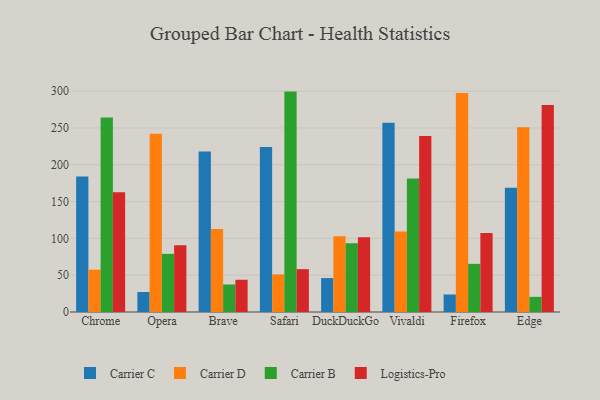
{"axis": {"x": "Browser", "y": "Temperature (°C)"}, "legend": ["Carrier B", "Carrier C", "Carrier D", "Logistics-Pro"], "data": [{"x": "Chrome", "y": 184.0, "type": "Carrier C"}, {"x": "Chrome", "y": 57.5, "type": "Carrier D"}, {"x": "Chrome", "y": 264.3, "type": "Carrier B"}, {"x": "Chrome", "y": 162.8, "type": "Logistics-Pro"}, {"x": "Opera", "y": 27.2, "type": "Carrier C"}, {"x": "Opera", "y": 242.2, "type": "Carrier D"}, {"x": "Opera", "y": 79.0, "type": "Carrier B"}, {"x": "Opera", "y": 90.8, "type": "Logistics-Pro"}, {"x": "Brave", "y": 217.9, "type": "Carrier C"}, {"x": "Brave", "y": 112.7, "type": "Carrier D"}, {"x": "Brave", "y": 37.4, "type": "Carrier B"}, {"x": "Brave", "y": 43.8, "type": "Logistics-Pro"}, {"x": "Safari", "y": 224.2, "type": "Carrier C"}, {"x": "Safari", "y": 51.1, "type": "Carrier D"}, {"x": "Safari", "y": 299.4, "type": "Carrier B"}, {"x": "Safari", "y": 58.2, "type": "Logistics-Pro"}, {"x": "DuckDuckGo", "y": 46.1, "type": "Carrier C"}, {"x": "DuckDuckGo", "y": 102.9, "type": "Carrier D"}, {"x": "DuckDuckGo", "y": 93.5, "type": "Carrier B"}, {"x": "DuckDuckGo", "y": 101.4, "type": "Logistics-Pro"}, {"x": "Vivaldi", "y": 257.2, "type": "Carrier C"}, {"x": "Vivaldi", "y": 109.3, "type": "Carrier D"}, {"x": "Vivaldi", "y": 181.4, "type": "Carrier B"}, {"x": "Vivaldi", "y": 239.1, "type": "Logistics-Pro"}, {"x": "Firefox", "y": 23.8, "type": "Carrier C"}, {"x": "Firefox", "y": 297.5, "type": "Carrier D"}, {"x": "Firefox", "y": 65.4, "type": "Carrier B"}, {"x": "Firefox", "y": 107.2, "type": "Logistics-Pro"}, {"x": "Edge", "y": 168.9, "type": "Carrier C"}, {"x": "Edge", "y": 250.9, "type": "Carrier D"}, {"x": "Edge", "y": 20.6, "type": "Carrier B"}, {"x": "Edge", "y": 281.1, "type": "Logistics-Pro"}]}